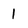
Character: 1